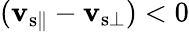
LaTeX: (\mathbf{v}_{{\mathrm{{s}}}\parallel}-\mathbf{v}_{{\mathrm{{s}}}\bot})<0